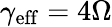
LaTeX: \gamma_{\mathrm{eff}}=4\Omega